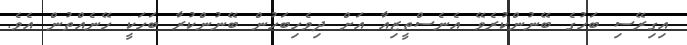
އިގިރޭސި ބަހުގެ ބޭނުންކުރެވޭ އެނެސްތީޒިއާ އަށް ދިވެހިބަހުން ބޭނުންކުރާ ބަހަކީ ހޭނެއްތުން އެވެ.